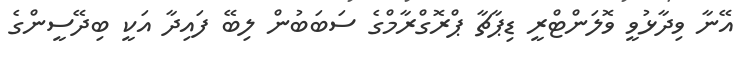
އޭނާ ވިދާޅުވީ ވޮލަންޓްރީ ޑިޕާޗާ ޕްރޮގްރާމްގެ ސަބަބުން ލިބޭ ފައިދާ އަކީ ބިދޭސީންގެ